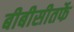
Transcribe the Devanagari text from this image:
बीबीसीतर्फे